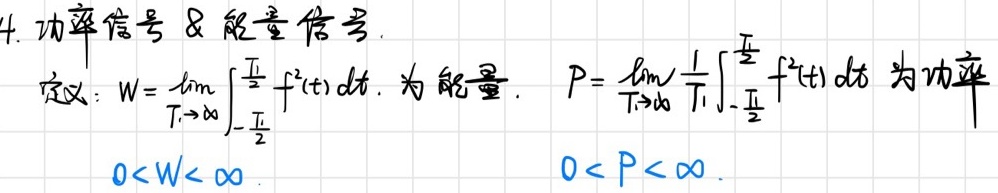
4. 功率信号 \& 能量信号。定义：
\(W = \lim_{T\rightarrow\infty}\int_{-\frac{T}{2}}^{\frac{T}{2}}f^{2}(t)dt\) 为能量。
\(P=\lim_{T\rightarrow\infty}\frac{1}{T}\int_{-\frac{T}{2}}^{\frac{T}{2}}f^{2}(t)dt\) 为功率。
\(0 < W<\infty\)，\(0 < P<\infty\)。